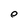
Character: e